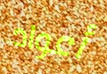
أعواد